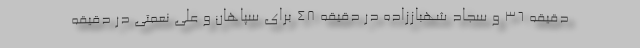
دقیقه ۳۶ و سجاد شهباززاده در دقیقه ۴۸ برای سپاهان و علی نعمتی در دقیقه